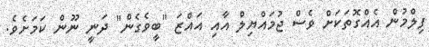
ފިލްމުން އެއްގޮތަކަށް ވެސް ޖުމައްޔިލް އާއި އައްޒަ "ބީވެގެން" ދަނީ ނޫން ކަމަށެވެ.